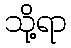
သို့ရာ